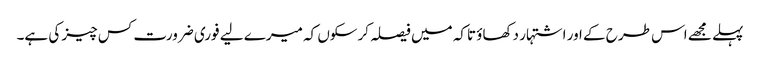
پہلے مجھے اس طرح کے اور اشتہار دکھاؤ تاکہ میں فیصلہ کرسکوں کہ میرے لیے فوری ضرورت کس چیز کی ہے۔